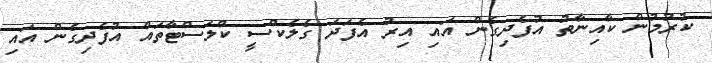
ކުރުމުން ކާއިނާތު އުފެދިގެން އައި އިރު އެފަދަ ގެލެކްސީ ކްލަސްޓާތައް އުފެދިގެން އައި